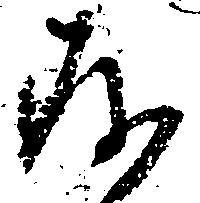
存